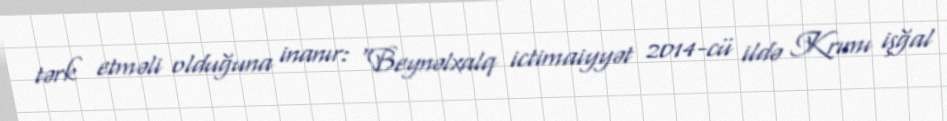
tərk etməli olduğuna inanır: “Beynəlxalq ictimaiyyət 2014-cü ildə Krımı işğal